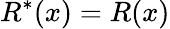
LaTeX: R^{*}(x)=R(x)